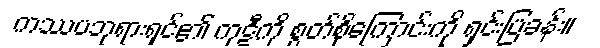
ကဿပဘုရားရှင်၏ ကုဋီကို စွတ်စိုကြောင်းကို ရှင်းပြခန်း။